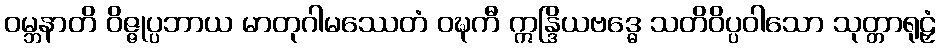
ဝမ္ဘနာတိ ဝိဇ္ဇုပ္ပဘာယ မာတုဂါမဿေတံ ဝဍ္ဎကီ ဣန္ဒြိယဗဒ္ဓေ သတိဝိပ္ပဝါသော သုတ္တာရုဠှံ